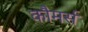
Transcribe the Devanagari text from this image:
कौमर्स